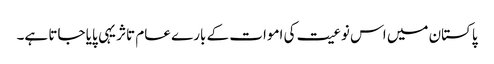
پاکستان میں اس نوعیت کی اموات کے بارے عام تاثر یہی پایا جاتا ہے۔